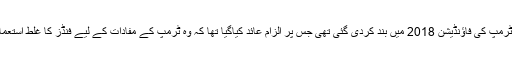
امریکی صدر ٹرمپ کی فاؤنڈیشن 2018 میں بند کردی گئی تھی جس پر الزام عائد کیاگیا تھا کہ وہ ٹرمپ کے مفادات کے لیے فنڈز کا غلط استعمال کررہی ہے۔